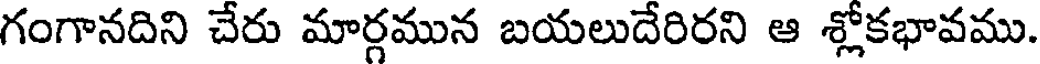
గంగానదిని చేరు మార్గమున బయలుదేరిరని ఆ శ్లోకభావము.